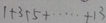
1 + 3 + 5 + \cdots + 1 3